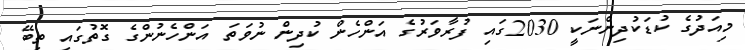
މިއަދުގެ ކުޑަކުދިންނަކީ 2030ގައި ފުރާވަރުގެ އަންހެން ކުދިން ނުވަތަ އަންހެނުންގެ ގޮތުގައި ތިބޭ